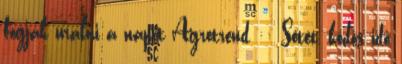
fogják uralni a napot Agrotrend :: Sötét, ködös idő